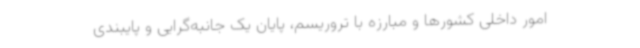
امور داخلی کشورها و مبارزه با تروریسم، پایان یک جانبه‌گرایی و پایبندی